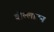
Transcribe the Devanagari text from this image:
वोल्लाटन